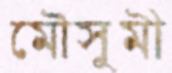
মৌসুমী